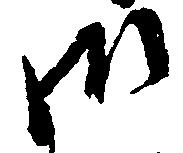
御